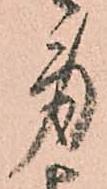
身